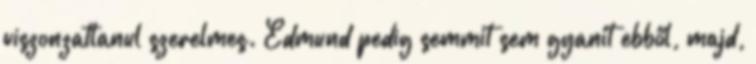
viszonzatlanul szerelmes. Edmund pedig semmit sem gyanít ebből, majd,